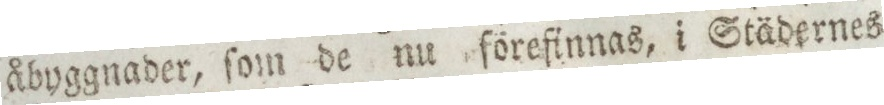
åbyggnader, ſom de nu förefinnas, i Städernes